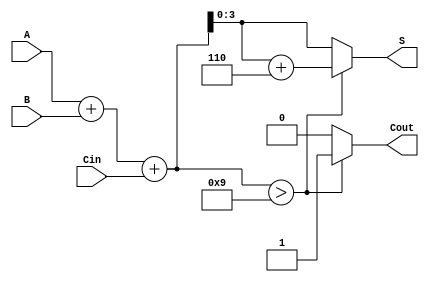
module BCD_Adder (
    input [3:0] A,      // First BCD digit
    input [3:0] B,      // Second BCD digit
    input Cin,          // Carry-in
    output reg [3:0] S, // BCD Sum
    output reg Cout     // Carry-out
);

    // Internal signal for the binary sum
    reg [4:0] Temp_Sum; // 5 bits to hold the maximum possible sum (9 + 9 + 1)

    always @(*) begin
        // Calculate the binary sum
        Temp_Sum = A + B + Cin;

        // Check if Temp_Sum exceeds BCD limit
        if (Temp_Sum > 9) begin
            // Apply BCD correction
            S = Temp_Sum + 5'd6; // Adding 6 to correct the sum
            Cout = 1'b1;         // Set carry-out
        end else begin
            S = Temp_Sum[3:0];   // No correction needed
            Cout = 1'b0;         // Clear carry-out
        end
    end

endmodule